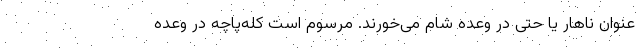
عنوان ناهار یا حتی در وعده شام می‌خورند. مرسوم است کله‌پاچه در وعده